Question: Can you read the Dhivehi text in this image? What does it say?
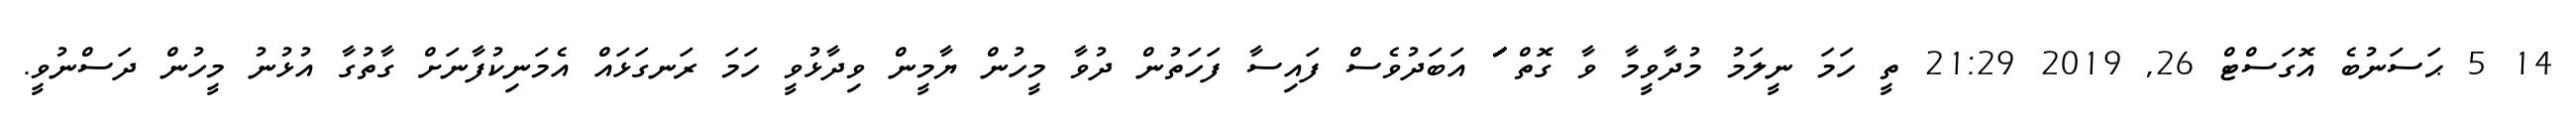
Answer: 14 5 ޙަސަނުބެ އޮގަސްޓް 26, 2019 21:29 ތީ ހަމަ ނީލަމު މުދާވީމާ ވާ ގޮތް ަަަަަަަަަަަަަަަަަަަ އަބަދުވެސް ފައިސާ ފަހަތުން ދުވާ މީހުން ޔާމީން ވިދާޅުވީ ހަމަ ރަނގަޅައް އެމަނިކުފާނަށް ގާތުގާ އުޅުނު މީހުން ދަސްނުވީ.